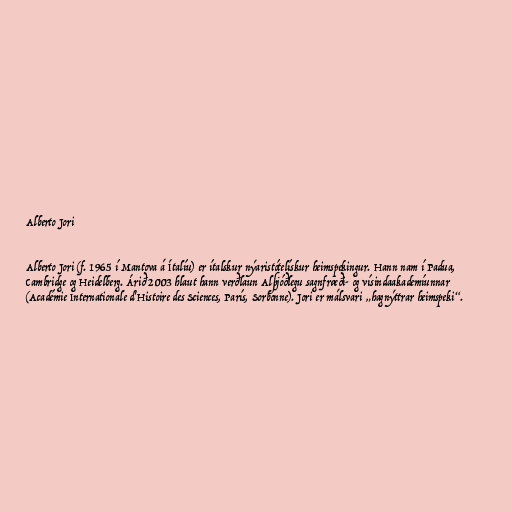
Alberto Jori

Alberto Jori (f. 1965 í Mantova á Ítalíu) er ítalskur nýaristótelískur heimspekingur. Hann nam í Padua,
Cambridge og Heidelberg. Árið 2003 hlaut hann verðlaun Alþjóðlegu sagnfræði- og vísindaakademíunnar
(Académie Internationale d'Histoire des Sciences, París, Sorbonne). Jori er málsvari „hagnýttrar heimspeki“.